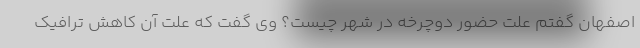
اصفهان گفتم علت حضور دوچرخه در شهر چیست؟ وی گفت که علت آن کاهش ترافیک